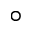
^ { \circ }